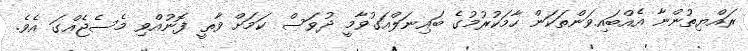
ރައްޔިތުންނާ އެއްބައިވަންތަކަން ހާމަކުރުމުގެ ބައިނަލްއަގުވާމީ ދުވަސް ކަމަށް ވާތީ ފޮނުއްވި މެސެޖެއްގަ އެވެ.